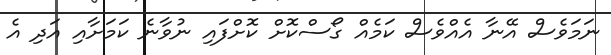
ނަމަވެސް އޭނާ އެއްވެސް ކަމެއް ގޯސްކޮށް ކޮށްފައި ނުވާނެ ކަމަށާއި އަދި އެ